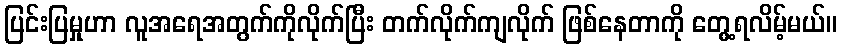
ပြင်းပြမှုဟာ လူအရေအတွက်ကိုလိုက်ပြီး တက်လိုက်ကျလိုက် ဖြစ်နေတာကို တွေ့ရလိမ့်မယ်။